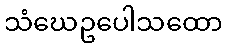
သံဃေဥပေါသထော